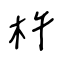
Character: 杵